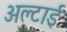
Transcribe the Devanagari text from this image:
अल्टाई